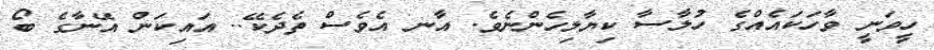
ހީވަނީ ވާހަކައެއްގެ ހުލާސާ ކިޔާލިހެންނެވެ. އާނ އެވެސް ތެދެކޭ.. އައިކަން އޭނާގެ ބޯ